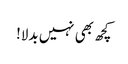
کچھ بھی نہیں بدلا!